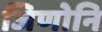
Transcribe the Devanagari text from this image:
जिणोनि